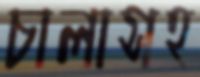
চালাসহ